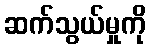
ဆက်သွယ်မှုကို